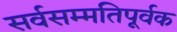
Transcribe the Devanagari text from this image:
सर्वसम्मतिपूर्वक